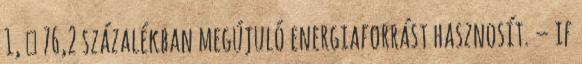
1,  76,2 százalékban megújuló energiaforrást hasznosít. – if